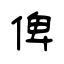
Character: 俾